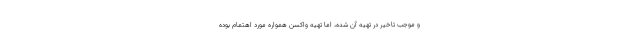
و موجب تاخیر در تهیه آن شده، اما تهیه واکسن همواره مورد اهتمام بوده